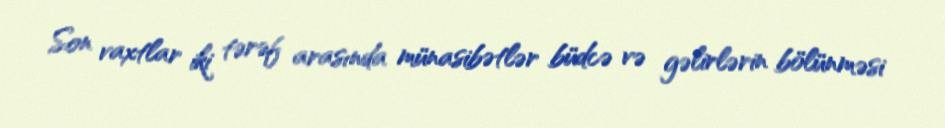
Son vaxtlar iki tərəf arasında münasibətlər büdcə və gəlirlərin bölünməsi